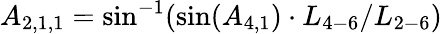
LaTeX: {A_{2,1,1}}=\sin^{-1}(\sin({A_{4,1}})\cdot{L_{4-6}}/{L_{2-6}})